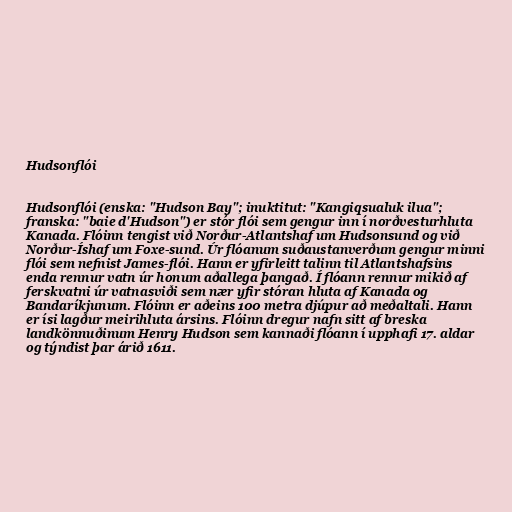
Hudsonflói

Hudsonflói (enska: "Hudson Bay"; inuktitut: "Kangiqsualuk ilua";
franska: "baie d'Hudson") er stór flói sem gengur inn í norðvesturhluta
Kanada. Flóinn tengist við Norður-Atlantshaf um Hudsonsund og við
Norður-Íshaf um Foxe-sund. Úr flóanum suðaustanverðum gengur minni
flói sem nefnist James-flói. Hann er yfirleitt talinn til Atlantshafsins
enda rennur vatn úr honum aðallega þangað. Í flóann rennur mikið af
ferskvatni úr vatnasviði sem nær yfir stóran hluta af Kanada og
Bandaríkjunum. Flóinn er aðeins 100 metra djúpur að meðaltali. Hann
er ísi lagður meirihluta ársins. Flóinn dregur nafn sitt af breska
landkönnuðinum Henry Hudson sem kannaði flóann í upphafi 17. aldar
og týndist þar árið 1611.